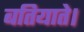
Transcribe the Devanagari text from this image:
बतियाते।